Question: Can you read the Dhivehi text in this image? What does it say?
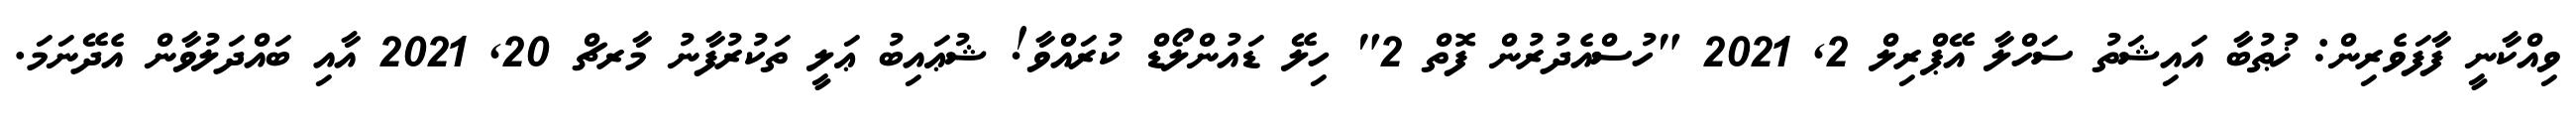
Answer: ވިއްކާނީ ފާފަވެރިން: ޚުޠުބާ އައިޝަތު ސަހްލާ އޭޕްރިލް 2, 2021 "ހުސްއެދުރުން ފޮތް 2" ހިލޭ ޑައުންލޯޑް ކުރައްވާ! ޝުޢައިބު ޢަލީ ތަކުރުފާނު މާރޗް 20, 2021 އާއި ބައްދަލުވާން އެދޭނަމަ.